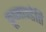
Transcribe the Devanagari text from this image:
कूष्माण्डेति